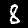
Label: 8